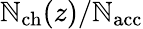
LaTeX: \mathbb{N}_{\mathrm{{ch}}}(z)/{\mathbb{N}_{\mathrm{{acc}}}}